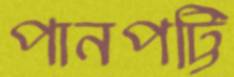
পানপট্টি